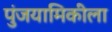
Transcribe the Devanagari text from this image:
पुंजयामिकीला